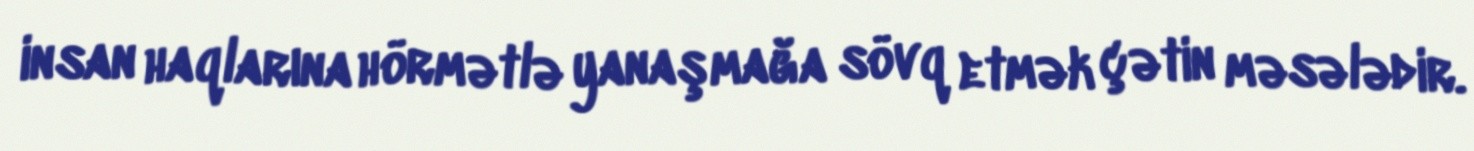
insan haqlarına hörmətlə yanaşmağa sövq etmək çətin məsələdir.